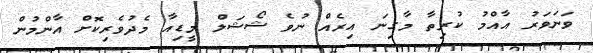
ވަނަވަރު އާއްމު ކުރިތާ މާގިނަ އިރެއް ނުވެ ޝޯޝަލް މީޑިއާ މެދުވެރިކޮށް އާންމުން